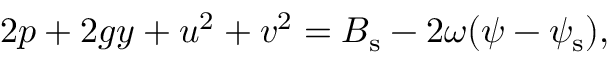
2 p + 2 g y + u ^ { 2 } + v ^ { 2 } = { B } _ { \mathrm { s } } - 2 \omega ( \psi - { \psi } _ { \mathrm { s } } ) ,